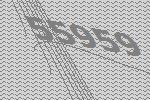
55959